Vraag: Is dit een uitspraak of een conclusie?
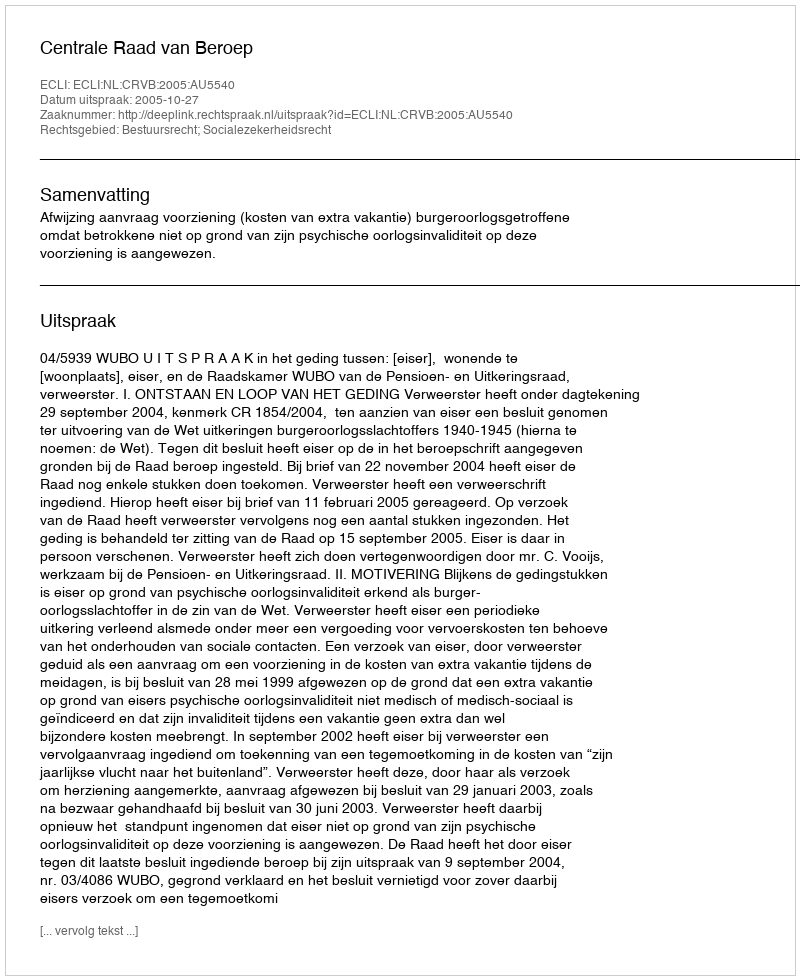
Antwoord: Uitspraak